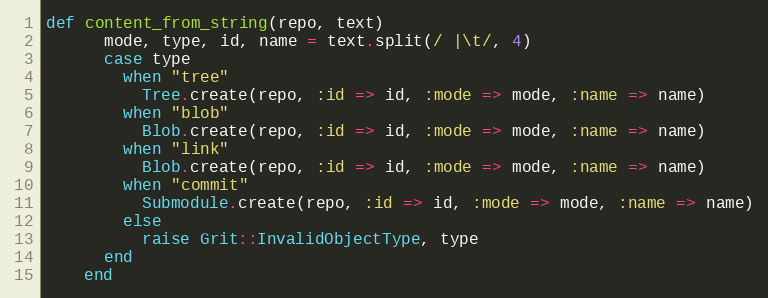
Language: Ruby
def content_from_string(repo, text)
      mode, type, id, name = text.split(/ |\t/, 4)
      case type
        when "tree"
          Tree.create(repo, :id => id, :mode => mode, :name => name)
        when "blob"
          Blob.create(repo, :id => id, :mode => mode, :name => name)
        when "link"
          Blob.create(repo, :id => id, :mode => mode, :name => name)
        when "commit"
          Submodule.create(repo, :id => id, :mode => mode, :name => name)
        else
          raise Grit::InvalidObjectType, type
      end
    end